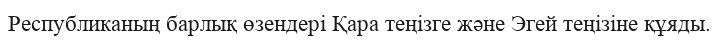
Республиканың барлық өзендері Қара теңізге және Эгей теңізіне құяды.